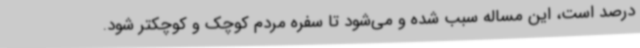
درصد است، این مساله سبب شده و می‌شود تا سفره مردم کوچک و کوچکتر شود.